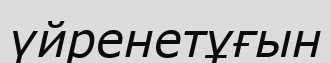
үйренетұғын